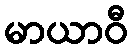
မာယာဝီ